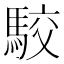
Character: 駮